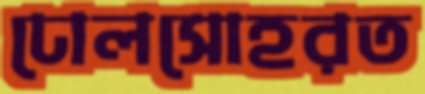
ঢোলসোহরত